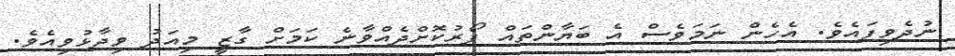
ނުދެވިފައެވެ. އެހެން ނަމަވެސް އެ ބަޔާންތައް ފޯރުކޮށްދެއްވާނެ ކަމަށް ގާޒީ މިއަދު ވިދާޅުވިއެވެ.